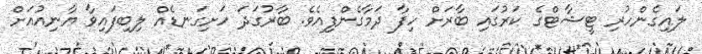
ލައިގެންހުރި ޓީޝާޓްގެ ކަރުގައި ބާރަށް ހިފާ ދަމާގެންފިއެވެ. ބާރުގަދަ ހަށިގަނޑެއް ލިބިފައިވާ ޔާނިއުއަށް